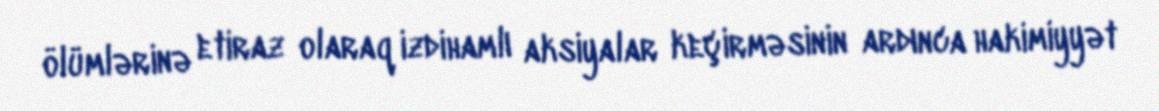
ölümlərinə etiraz olaraq izdihamlı aksiyalar keçirməsinin ardınca hakimiyyət